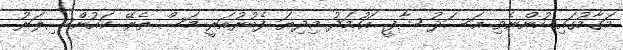
މަގާމުގައި ހުންނެވި އަސަދު ޝާފީ އަހުމަދު މިދިޔަ ފެބުރުއަރީ މަސް ތެރޭ ކައުންސިލަރު